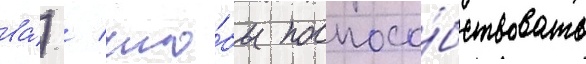
ва́) / что́бы поспосо́бствовать